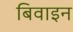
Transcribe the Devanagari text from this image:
बिवाइन